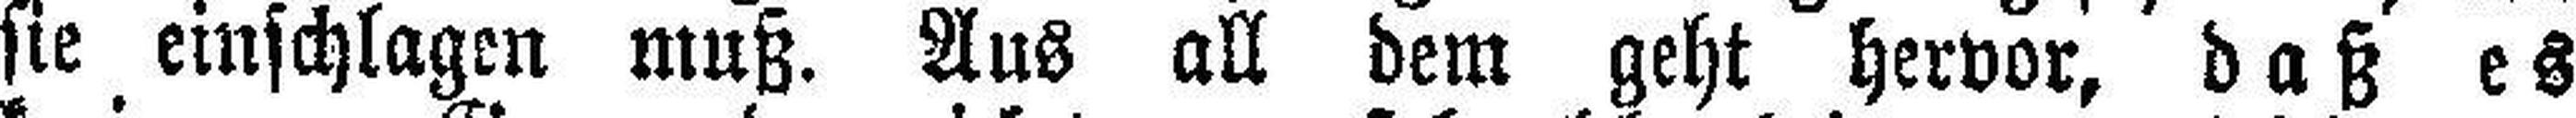
sie einschlagen muß. Aus all dem geht hervor, daß es